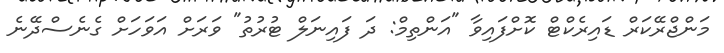
މަންޖްރޭކަރް ޑައިރެކްޓް ކޮށްފައިވާ "އަންތިމް: ދަ ފައިނަލް ޓުރުތު" ވަރަށް އަވަހަށް ގެނެސްދޭނެ